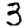
Digit: 3